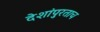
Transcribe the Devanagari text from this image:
देशांपुरताच